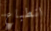
انطباع